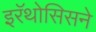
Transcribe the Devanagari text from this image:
इरॅथोसिसने